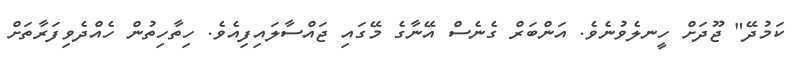
ކަމުދޭ" ޖޫދަށް ހީނލެވުނެވެ. އަންބަރް ގެނެސް އޭނާގެ މޭގައި ޖައްސާލައިފިއެވެ. ހިތާހިތުން ހެއްދެވިފަރާތަށް